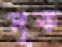
দৃক